Lunatic asylums Bombay report 1878-1890 - 1878-1890
Year: 1878
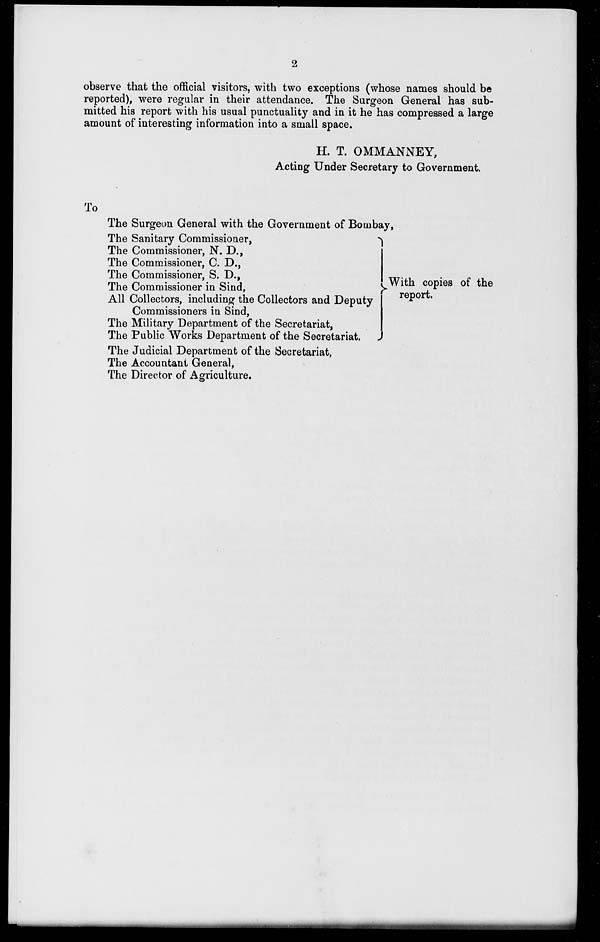
2
observe that the official visitors, with two exceptions (whose names should be
reported), were regular in their attendance. The Surgeon General has sub-
mitted his report with his usual punctuality and in it he has compressed a large
amount of interesting information into a small space.
H. T. OMMANNEY,
Acting Under Secretary to Government.
To
The Surgeon General with the Government of Bombay,
The Sanitary Commissioner,
The Commissioner, N. D.,
The Commissioner, C. D.,
The Commissioner, S. D.,
The Commissioner in Sind,
All Collectors, including the Collectors and Deputy
Commissioners in Sind,
The Military Department of the Secretariat,
The Public Works Department of the Secretariat.
With copies of the
report.
The Judicial Department of the Secretariat,
The Accountant General,
The Director of Agriculture.